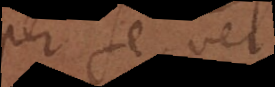
per se, vel